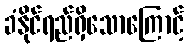
ခံနိုင်ရည်ရှိသောကြောင့်